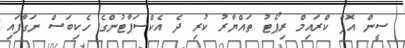
ސީން އޮފް ކްރައިމް ރިޕޯޓު ތައްޔާރު ކުރި ދެ އެކްސަޕާޓުންގެ ހެކިބަސް ނަގާފައި